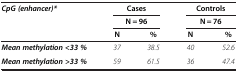
| CpG (enhancer)* | <COLSPAN=2> Cases | <COLSPAN=2> Controls |
 |  | <COLSPAN=2> N = 96 | <COLSPAN=2> N = 76 |
 |  | N | % | N | % |
 | --- | --- | --- | --- | --- |
 | Mean methylation <33 % | 37 | 38.5 | 40 | 52.6 |
 | Mean methylation >33 % | 59 | 61.5 | 36 | 47.4 |